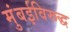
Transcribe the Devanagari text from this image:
मुंबईविरूद्ध